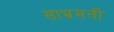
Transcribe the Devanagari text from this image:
साभ्रमती